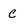
Character: c